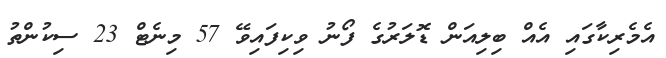
އެމެރިކާގައި އެއް ބިލިއަން ޑޮލަރުގެ ފޯނު ވިކިފައިވޭ 57 މިނެޓް 23 ސިކުންތު